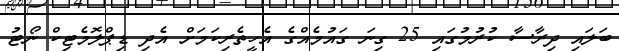
ބަލައި ދިރާސާ ކުރުމުގައި 25 ގިނަ ގައުމެއްގެ އެހީތެރިކަމަށް އެދި ޑިޕްލޮމެޓިކް ނޯޓު